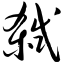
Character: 弑